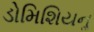
ડોમિશિયનૢ